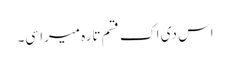
اس دی اک قسم تارہ میرا سی۔